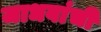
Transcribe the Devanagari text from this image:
जाधवांची